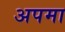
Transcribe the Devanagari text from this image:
अपमा